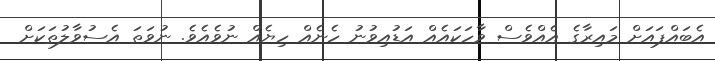
އެބައްޕައަށް މައިރާގެ އެއްވެސް ވާހަކައެއް އަޑުއިވުނު ހެނެއް ހިޔެއް ނުވެއެވެ. ނުވަތަ އެސުވާލުތަކަށް